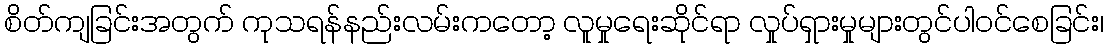
စိတ်ကျခြင်းအတွက် ကုသရန်နည်းလမ်းကတော့ လူမှုရေးဆိုင်ရာ လှုပ်ရှားမှုများတွင်ပါဝင်စေခြင်း၊